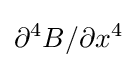
\partial ^{4}B/\partial x^{4}